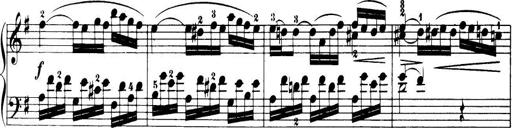
Title: 32 Sonatinas and Rondos for the Piano
Composer: Richard Kleinmichel